system: You are a helpful assistant.
user:
Analyze the provided spectrum to determine if it is a **White Dwarf (WD)**.

A White Dwarf spectrum is defined by its **extreme purity** (due to gravitational settling) and/or **extreme pressure broadening** (due to high surface gravity). You must check for one of the following mutually exclusive signatures:

- **Key Visual Indicators (Check for ONE of these types):**

    - **1. DA-Type Signature (Most Common):**
        - **(Primary Feature):** Extreme pressure broadening (Stark broadening) of the **Hydrogen (H) Balmer lines**.
        - **(Key Lines):** $H\beta$ (approx. $4861$ Å) and $H\gamma$ (approx. $4340$ Å). $H\alpha$ (approx. $6563$ Å) will also be present if the wavelength range covers it.
        - **(Line Profile):** This is the **defining feature**. The lines are **NOT** sharp. They appear as massive, **extremely broad and deep "troughs" or "dips"** in the spectrum, often hundreds of Ångströms wide. The continuum will appear to "scoop" down at these wavelengths.
        - **(Distinction):** Normal A-type or B-type stars have *narrow* and *sharp* Hydrogen lines. A DA White Dwarf's lines are unmistakably "smeared" or "blurry" from pressure.

    - **2. DB-Type Signature:**
        - **(Primary Feature):** Broad absorption lines from **Neutral Helium (He I)**. The spectrum must lack any visible Hydrogen lines.
        - **(Key Lines):** Look for broad absorption near $4471$ Å, $4921$ Å, and $5876$ Å.
        - **(Line Profile):** These lines are also significantly pressure-broadened, appearing much wider than they would in a normal B-type main-sequence star.

    - **3. DC-Type Signature:**
        - **(Primary Feature):** A **featureless continuous spectrum**.
        - **(Line Profile):** The spectrum is a smooth curve with **no significant absorption or emission lines**.
        - **(Key Confirmation):** The continuum is almost always **blue or white**, indicating a hot object. This signature implies the atmosphere is so pure (or so cool) that no spectral lines are visible in the optical range. Its WD identity is confirmed by its extremely low intrinsic brightness (high absolute magnitude).

    - **4. DZ-Type Signature (Metal-Polluted):**
        - **(Primary Feature):** **Isolated, narrow metal absorption lines** on an otherwise featureless (DC-like) continuum.
        - **(Key Lines):** The **Calcium (Ca II) H & K doublet** (approx. **$3934$ Å** and **$3968$ Å**) is the most common and defining feature.
        - **(Line Profile):** These lines are "out of place." They are *not* part of a "forest" of thousands of lines. This signature is evidence of recent *accretion* (pollution) from rocky debris.
        - **(Distinction):** Normal G/K/M stars have a *dense forest* of thousands of metal lines. A DZ has a *clean* continuum with *only a few* strong metal lines.

    - **5. DQ-Type Signature (Carbon-Polluted):**
        - **(Primary Feature):** Absorption bands from **Carbon (C₂ "Swan Bands" or atomic C I)**.
        - **(Key Lines - C₂):** Look for bandheads with a "saw-tooth" shape near $5635$ Å, **$5165$ Å** (strongest), and $4737$ Å.
        - **(Key Confirmation):** The underlying **continuum must be blue or white** (hot).
        - **(Distinction):** This is the critical difference from a **Carbon Star**, which has the *exact same* C₂ bands but on an extremely **red, cool** continuum.

- **(Overall Spectrum):**
    - The continuum (overall shape) is typically **blue-sloping** (brighter in the blue than the red), as most white dwarfs are very hot.
    - The spectrum will look "pure" or "simple," dominated by only *one* of the five signatures listed above.

Think first, call **spectral_visualization_tool** if needed to examine features in detail, then provide your final answer. Your response must adhere to the following strict rules:
1.  **Overall Structure:** Your response must follow the format `<think>...</think> <tool_call>...</tool_call> (if a tool is used) <answer>...</answer>`.
2.  **Tool Usage Constraint:** You may only make **one** tool call per turn.
3.  **Final Answer Format:** In the `<answer>` tag, your conclusion must be inside a `\boxed{}` command (e.g., `\boxed{YES}` or `\boxed{NO}`), followed by your justification.

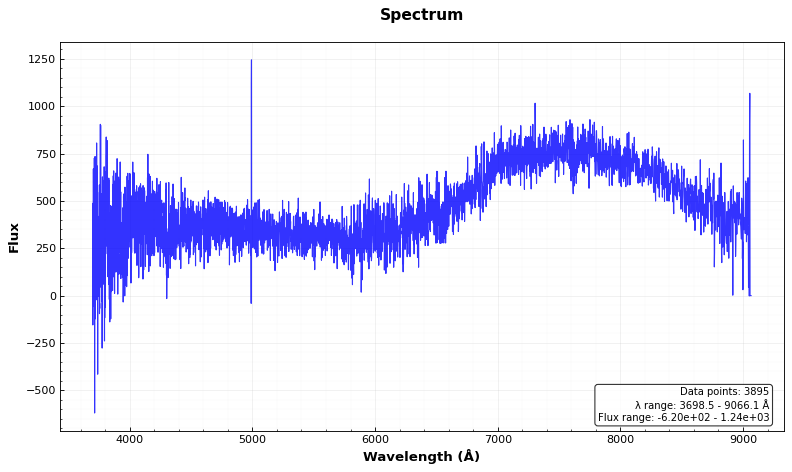
Answer: NO